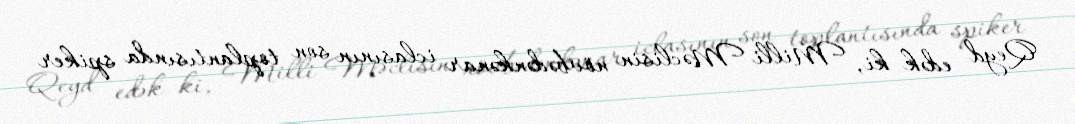
Qeyd edək ki, Milli Məclisin növbədənkənar iclasının son toplantısında spiker